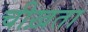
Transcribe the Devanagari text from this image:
चीख़ता